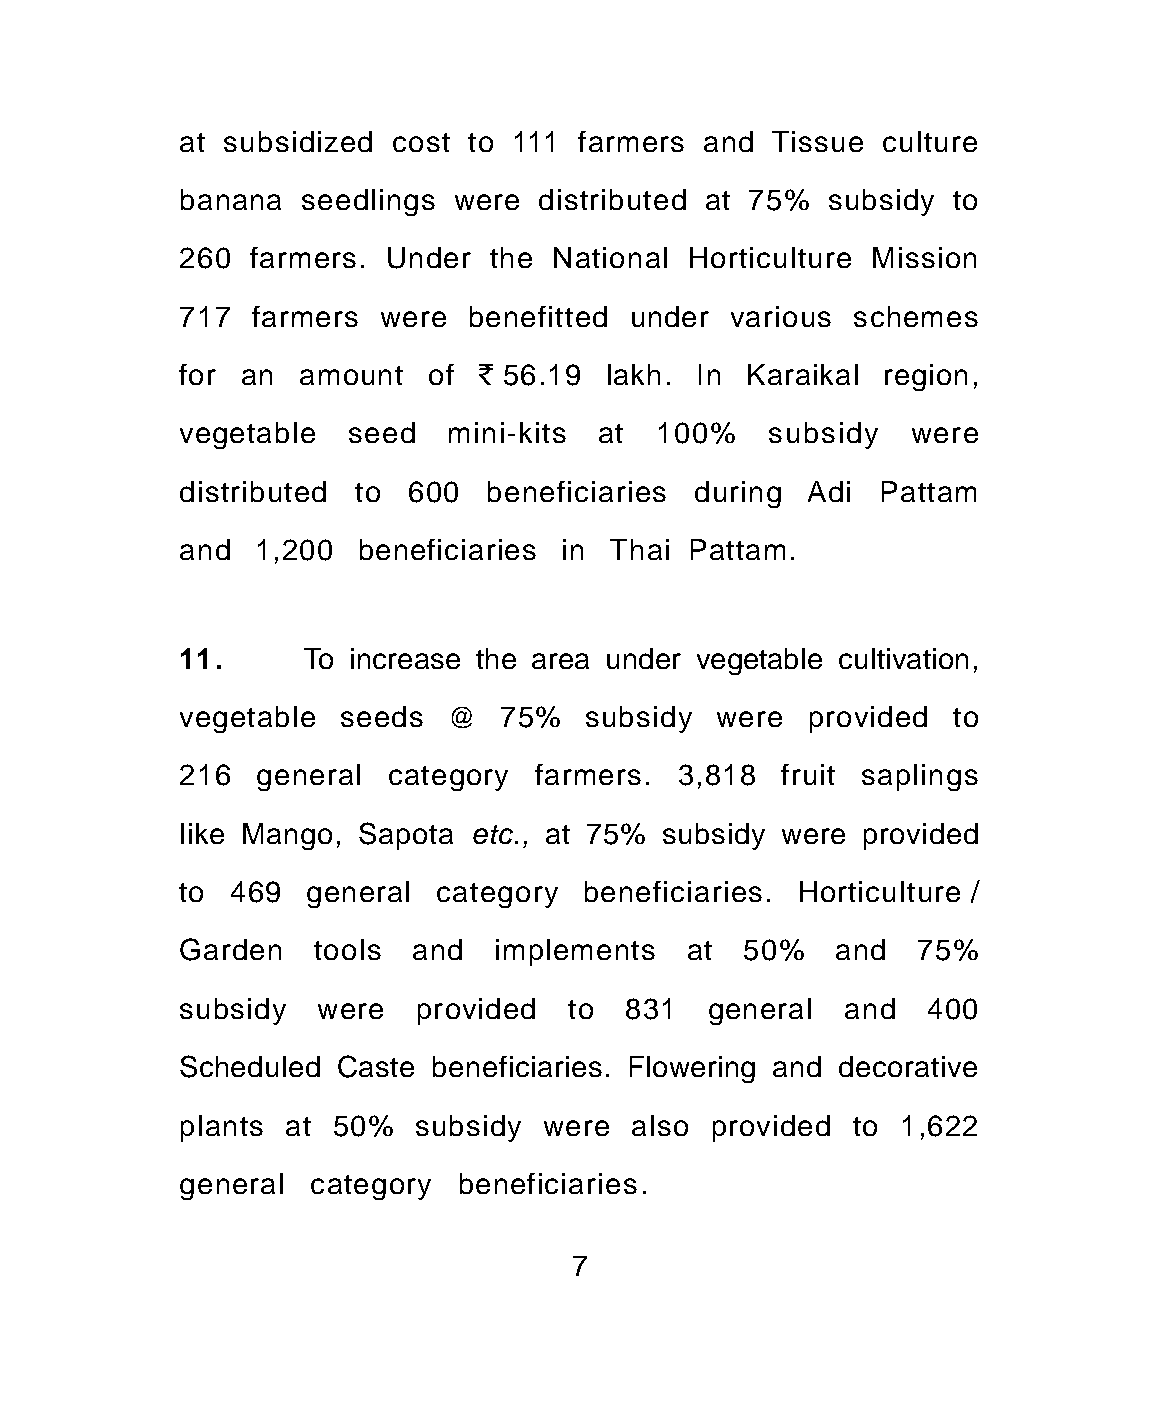
at subsidized cost to 111 farmers and  Tissue culture
 banana  seedlings were  distributed at 75% subsidy to
 260 farmers. Under  the National Horticulture Mission
 717  farmers were  benefitted under various schemes
 for an  amount  of  ` 56.19 lakh. In Karaikal region,
 vegetable  seed   mini-kits at 100%    subsidy  were
 distributed to 600  beneficiaries during Adi  Pattam
 and  1,200  beneficiaries in Thai Pattam.
 11.     To increase the area under vegetable cultivation,
 vegetable seeds   @  75%   subsidy were  provided  to
 216  general  category farmers.  3,818  fruit saplings
 like Mango, Sapota etc., at 75% subsidy were provided
 to 469  general  category beneficiaries. Horticulture /
 Garden   tools and   implements  at  50%   and   75%
 subsidy  were  provided  to  831   general  and  400
 Scheduled Caste beneficiaries. Flowering and decorative
 plants at 50%  subsidy  were  also provided to 1,622
 general category  beneficiaries.
 7